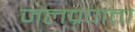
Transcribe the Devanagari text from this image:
जलप्रपातो